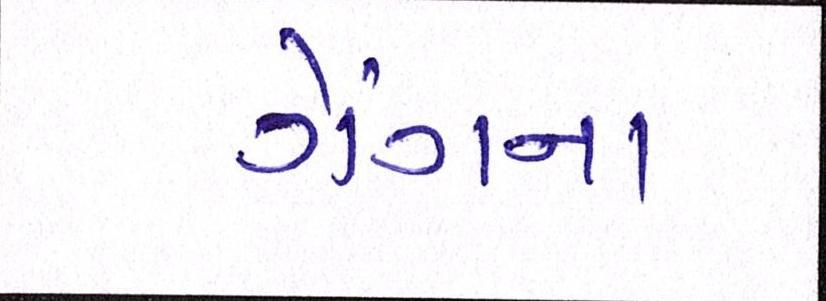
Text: ગેંગના